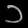
Digit: ၁